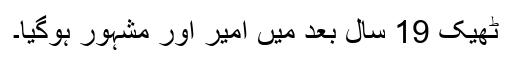
ٹھیک 19 سال بعد میں امیر اور مشہور ہوگیا۔